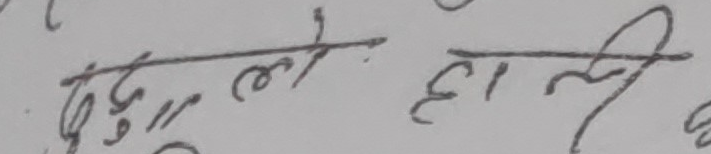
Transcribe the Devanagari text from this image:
पुदुले हाली